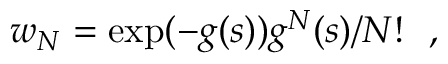
w _ { N } = \exp ( - g ( s ) ) g ^ { N } ( s ) / { N ! } \ \ ,